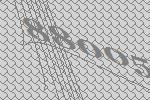
88005